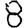
Digit: 8